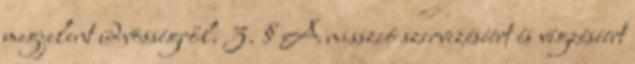
megjelent üdvösségről. 3. § A misszió szervezéséért és végzéséért